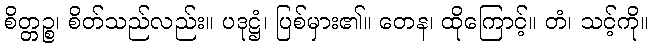
စိတ္တဉ္စ၊ စိတ်သည်လည်း။ ပဒုဋ္ဌံ၊ ပြစ်မှား၏။ တေန၊ ထိုကြောင့်။ တံ၊ သင့်ကို။